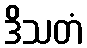
ဒိသတံ